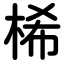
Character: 桸